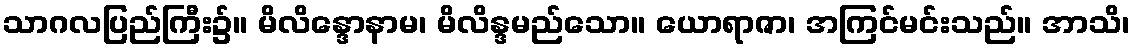
သာဂလပြည်ကြီး၌။ မိလိန္ဒောနာမ၊ မိလိန္ဒမည်သော။ ယောရာဇာ၊ အကြင်မင်းသည်။ အာသိ၊